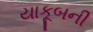
યાકૂબની